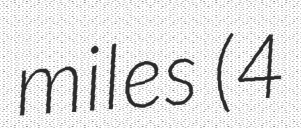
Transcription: miles (4